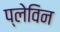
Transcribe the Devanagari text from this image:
प्लेविन